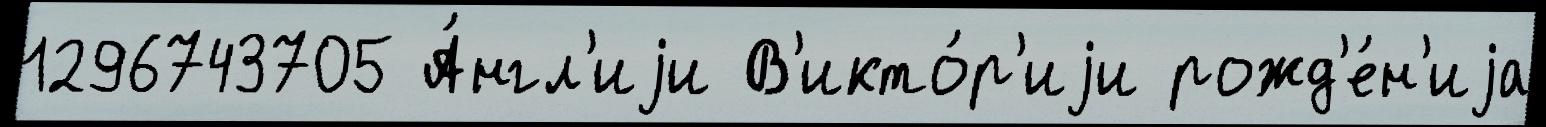
1296743705 А́нгл'иjи В'икто́р'иjи рожд'е́н'иjа